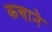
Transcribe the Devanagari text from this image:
कचाने